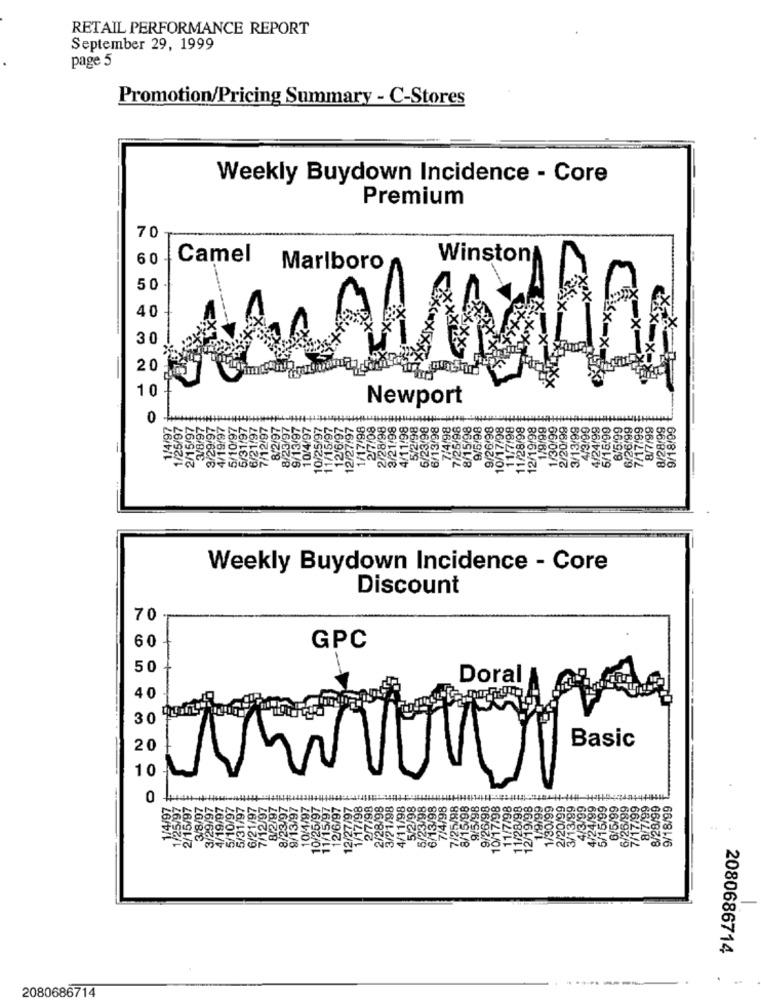
RETAIL PERFORMANCE REPORT
September 29, 1999
page 5
Promotion/Pricing Summary - C-Stores
Weekly Buydown Incidence - Core
Premium
70
60
Camel
Winston
Marlboro
50
40
30
20
0 0
Newport
6/13/98
98
98
8/15/98
/5/98
9/26/98
10/17/98
98
98
11/28/98
12/19/98
1/9/99
1/30/99
2/20/99
3/13/99
4/3/99
4/24/99
5/16/99
6/5.99
6/26/99
7/17/99
8/7/99
8/28/99
9/18/99
Weekly Buydown Incidence - Core
Discount
70
GPC
60
50
Doral
40
30
Basic
20
10
0
23/97
9/13/97
10:1/97
10/25/97
12/6/97
797
198
3198
3/21/98
4/11/98
12/98
8/98
6/13/98
714/98
26/90
17.08
18/99
12/9
/15/9
125/9
12/
2080686714
--
2080686714